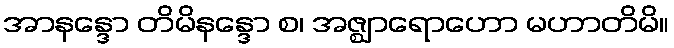
အာနန္ဒော တိမိနန္ဒော စ၊ အဇ္ဈာရောဟော မဟာတိမိ။